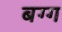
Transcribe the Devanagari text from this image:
बग्ग